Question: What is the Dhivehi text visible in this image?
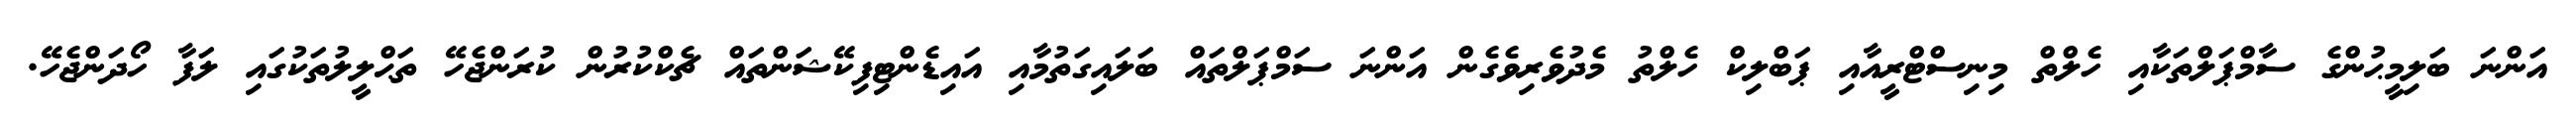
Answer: އަންނަ ބަލިމީޙުންގެ ސާމްޕަލްތަކާއި ހެލްތް މިނިސްޓްރީއާއި ޕަބްލިކް ހެލްތު މެދުވެރިވެގެން އަންނަ ސަމްޕަލްތައް ބަލައިގަތުމާއި އައިޑެންޓިފިކޭޝަންތައް ޗެކްކުރުން ކުރަންޖެހޭ ތަޙްލީލުތަކުގައި ލަފާ ހޯދަންޖެހޭ.